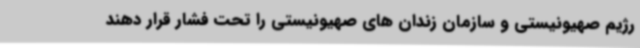
رژیم صهیونیستی و سازمان زندان های صهیونیستی را تحت فشار قرار دهند